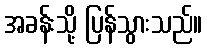
အခန်းသို့ ပြန်သွားသည်။